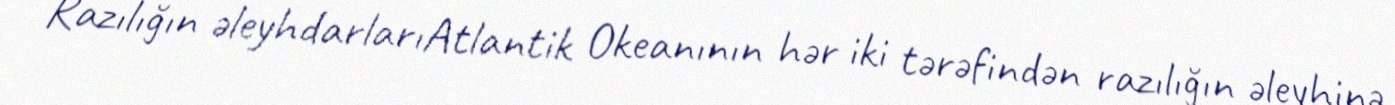
Razılığın əleyhdarlarıAtlantik Okeanının hər iki tərəfindən razılığın əleyhinə